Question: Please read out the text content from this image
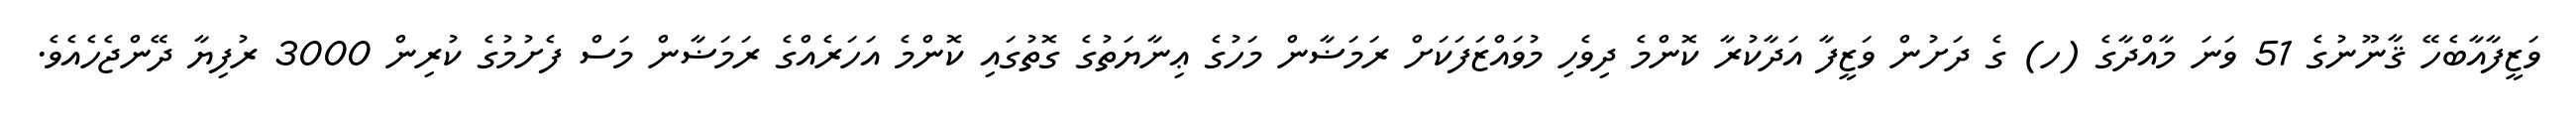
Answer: ވަޒީފާއާބެހޭ ޤާނޫނުގެ 51 ވަނަ މާއްދާގެ (ހ) ގެ ދަށުން ވަޒީފާ އަދާކުރާ ކޮންމެ ދިވެހި މުވައްޒަފަކަށް ރަމަޟާން މަހުގެ ޢިނާޔަތުގެ ގޮތުގައި ކޮންމެ އަހަރެއްގެ ރަމަޟާން މަސް ފެށުމުގެ ކުރިން 3000 ރުފިޔާ ދޭންޖެހެއެވެ.